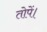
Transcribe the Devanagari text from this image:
तोपें।